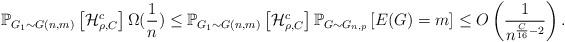
LaTeX: \begin{align*} \mathbb{P}_{G_1 \sim G(n,m)}\left[ \mathcal{H}^c_{\rho,C} \right] \Omega(\frac{1}{n}) \leq \mathbb{P}_{G_1 \sim G(n,m)}\left[ \mathcal{H}^c_{\rho,C} \right] \mathbb{P}_{G \sim G_{n,p}}\left[E(G)=m\right]\leq O\left( \frac{1}{n^{\frac{C}{16}-2}}\right).\end{align*}